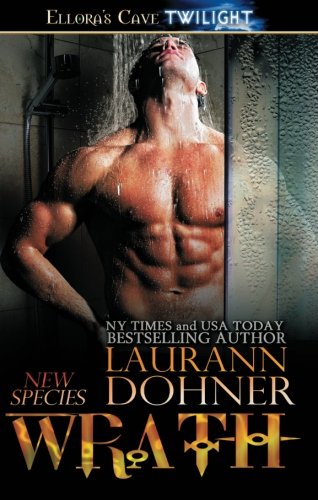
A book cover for Wrath (New Species); Laurann Dohner; Romance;